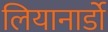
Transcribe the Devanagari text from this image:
लियानार्डो